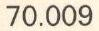
70.009